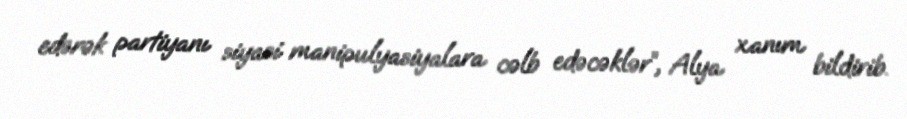
edərək partiyanı siyasi manipulyasiyalara cəlb edəcəklər”, Alya xanım bildirib.